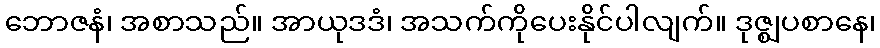
ဘောဇနံ၊ အစာသည်။ အာယုဒဒံ၊ အသက်ကိုပေးနိုင်ပါလျက်။ ဒုဇ္ဈပစာနေ၊